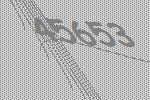
45653